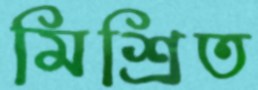
মিশ্রিত